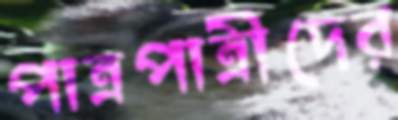
পাত্রপাত্রীদের